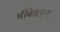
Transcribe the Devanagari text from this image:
थीबेतानूस्